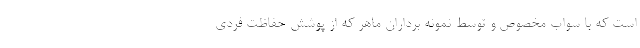
است که با سواب مخصوص و توسط نمونه برداران ماهر که از پوشش حفاظت فردی